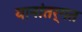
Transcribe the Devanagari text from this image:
यानांतर्गत